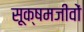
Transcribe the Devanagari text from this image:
सूक्षमजीवों